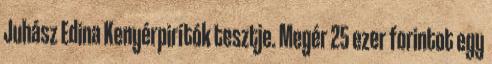
Juhász Edina Kenyérpirítók tesztje. Megér 25 ezer forintot egy